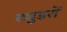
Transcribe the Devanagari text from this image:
ट्युडरों